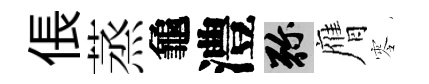
倀蒸龜澧弥膺零